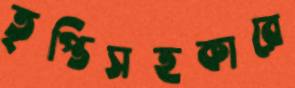
তৃপ্তিসহকারে